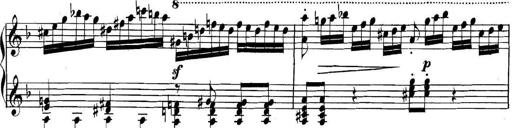
Title: Collected Piano Sonatas
Composer: Muzio Clementi